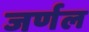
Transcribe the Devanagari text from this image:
जर्णल